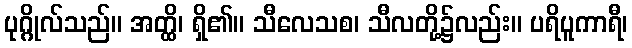
ပုဂ္ဂိုလ်သည်။ အတ္ထိ၊ ရှိ၏။ သီလေသစ၊ သီလတို့၌လည်း။ ပရိပူကာရီ၊